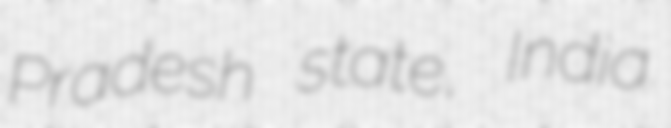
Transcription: Pradesh state, India.